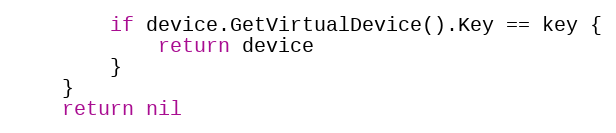
Language: Go
		if device.GetVirtualDevice().Key == key {
			return device
		}
	}
	return nil